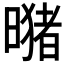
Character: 𪱂